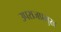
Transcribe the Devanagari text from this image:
उपराजप्रमुख